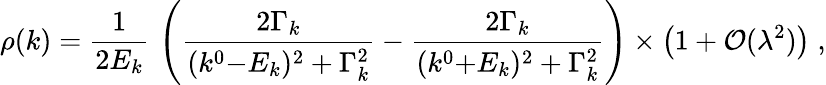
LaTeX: \rho(k)={\frac{1}{2E_{k}}}\, \left({\frac{2\Gamma_{k}}{(k^{0}{-}E_{k})^{2}+\Gamma_{k}^{2}}}-{\frac{2\Gamma_{k}}{(k^{0}{+}E_{k})^{2}+\Gamma_{k}^{2}}}\right)\times\left(1+{\cal O}(\lambda^{2})\right)\; ,